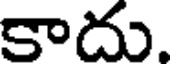
కాదు.